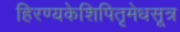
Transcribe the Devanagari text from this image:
हिरण्यकेशिपितृमेधसूत्र